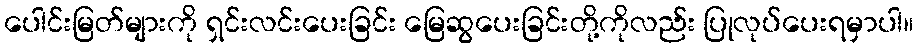
ပေါင်းမြတ်များကို ရှင်းလင်းပေးခြင်း မြေဆွပေးခြင်းတို့ကိုလည်း ပြုလုပ်ပေးရမှာပါ။